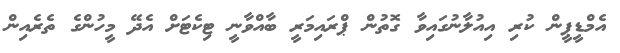
އެމްޑީޕީން ކުރި އިއުލާނުގައިވާ ގޮތުން ޕްރައިމަރީ ބާއްވާނީ ޓިކެޓަށް އެދޭ މީހުންގެ ތެރެއިން